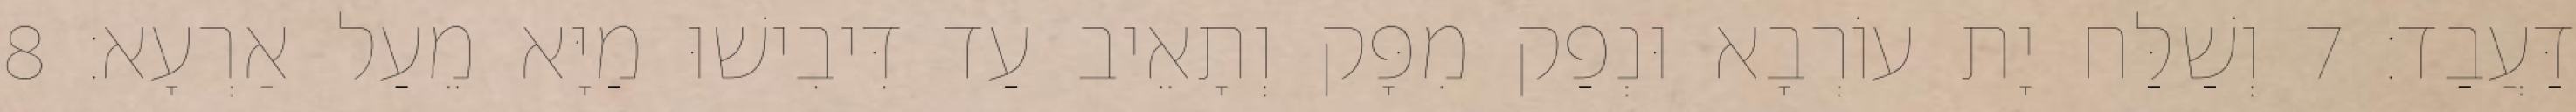
דַּעֲבַד׃ 7 וְשַׁלַּח יָת עוֹרְבָא וּנְפַק מִפָּק וְתָאֵיב עַד דִּיבִישׁוּ מַיָּא מֵעַל אַרְעָא׃ 8